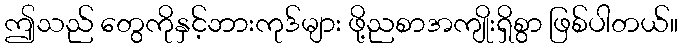
ဤသည် တွေကိုနှင့်ဘားကုဒ်များ ဖို့ညစာအကျိုးရှိစွာ ဖြစ်ပါတယ်။